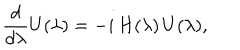
LaTeX: { \frac { d } { d \lambda } } U ( \lambda ) = - i \, H ( \lambda ) \, U ( \lambda ) ,